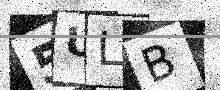
Text: 5ULB